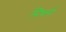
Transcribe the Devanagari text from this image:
सिफरों